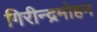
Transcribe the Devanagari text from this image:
गिरीन्द्रमोहन